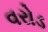
વરોડ